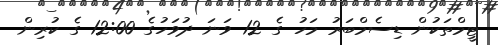
ޓީމްތަކުން ޑިސެމްބަރު މަހު ގެ 12 ވަނަ ދުވަހުގެ 12:00 ގެ ކުރިން